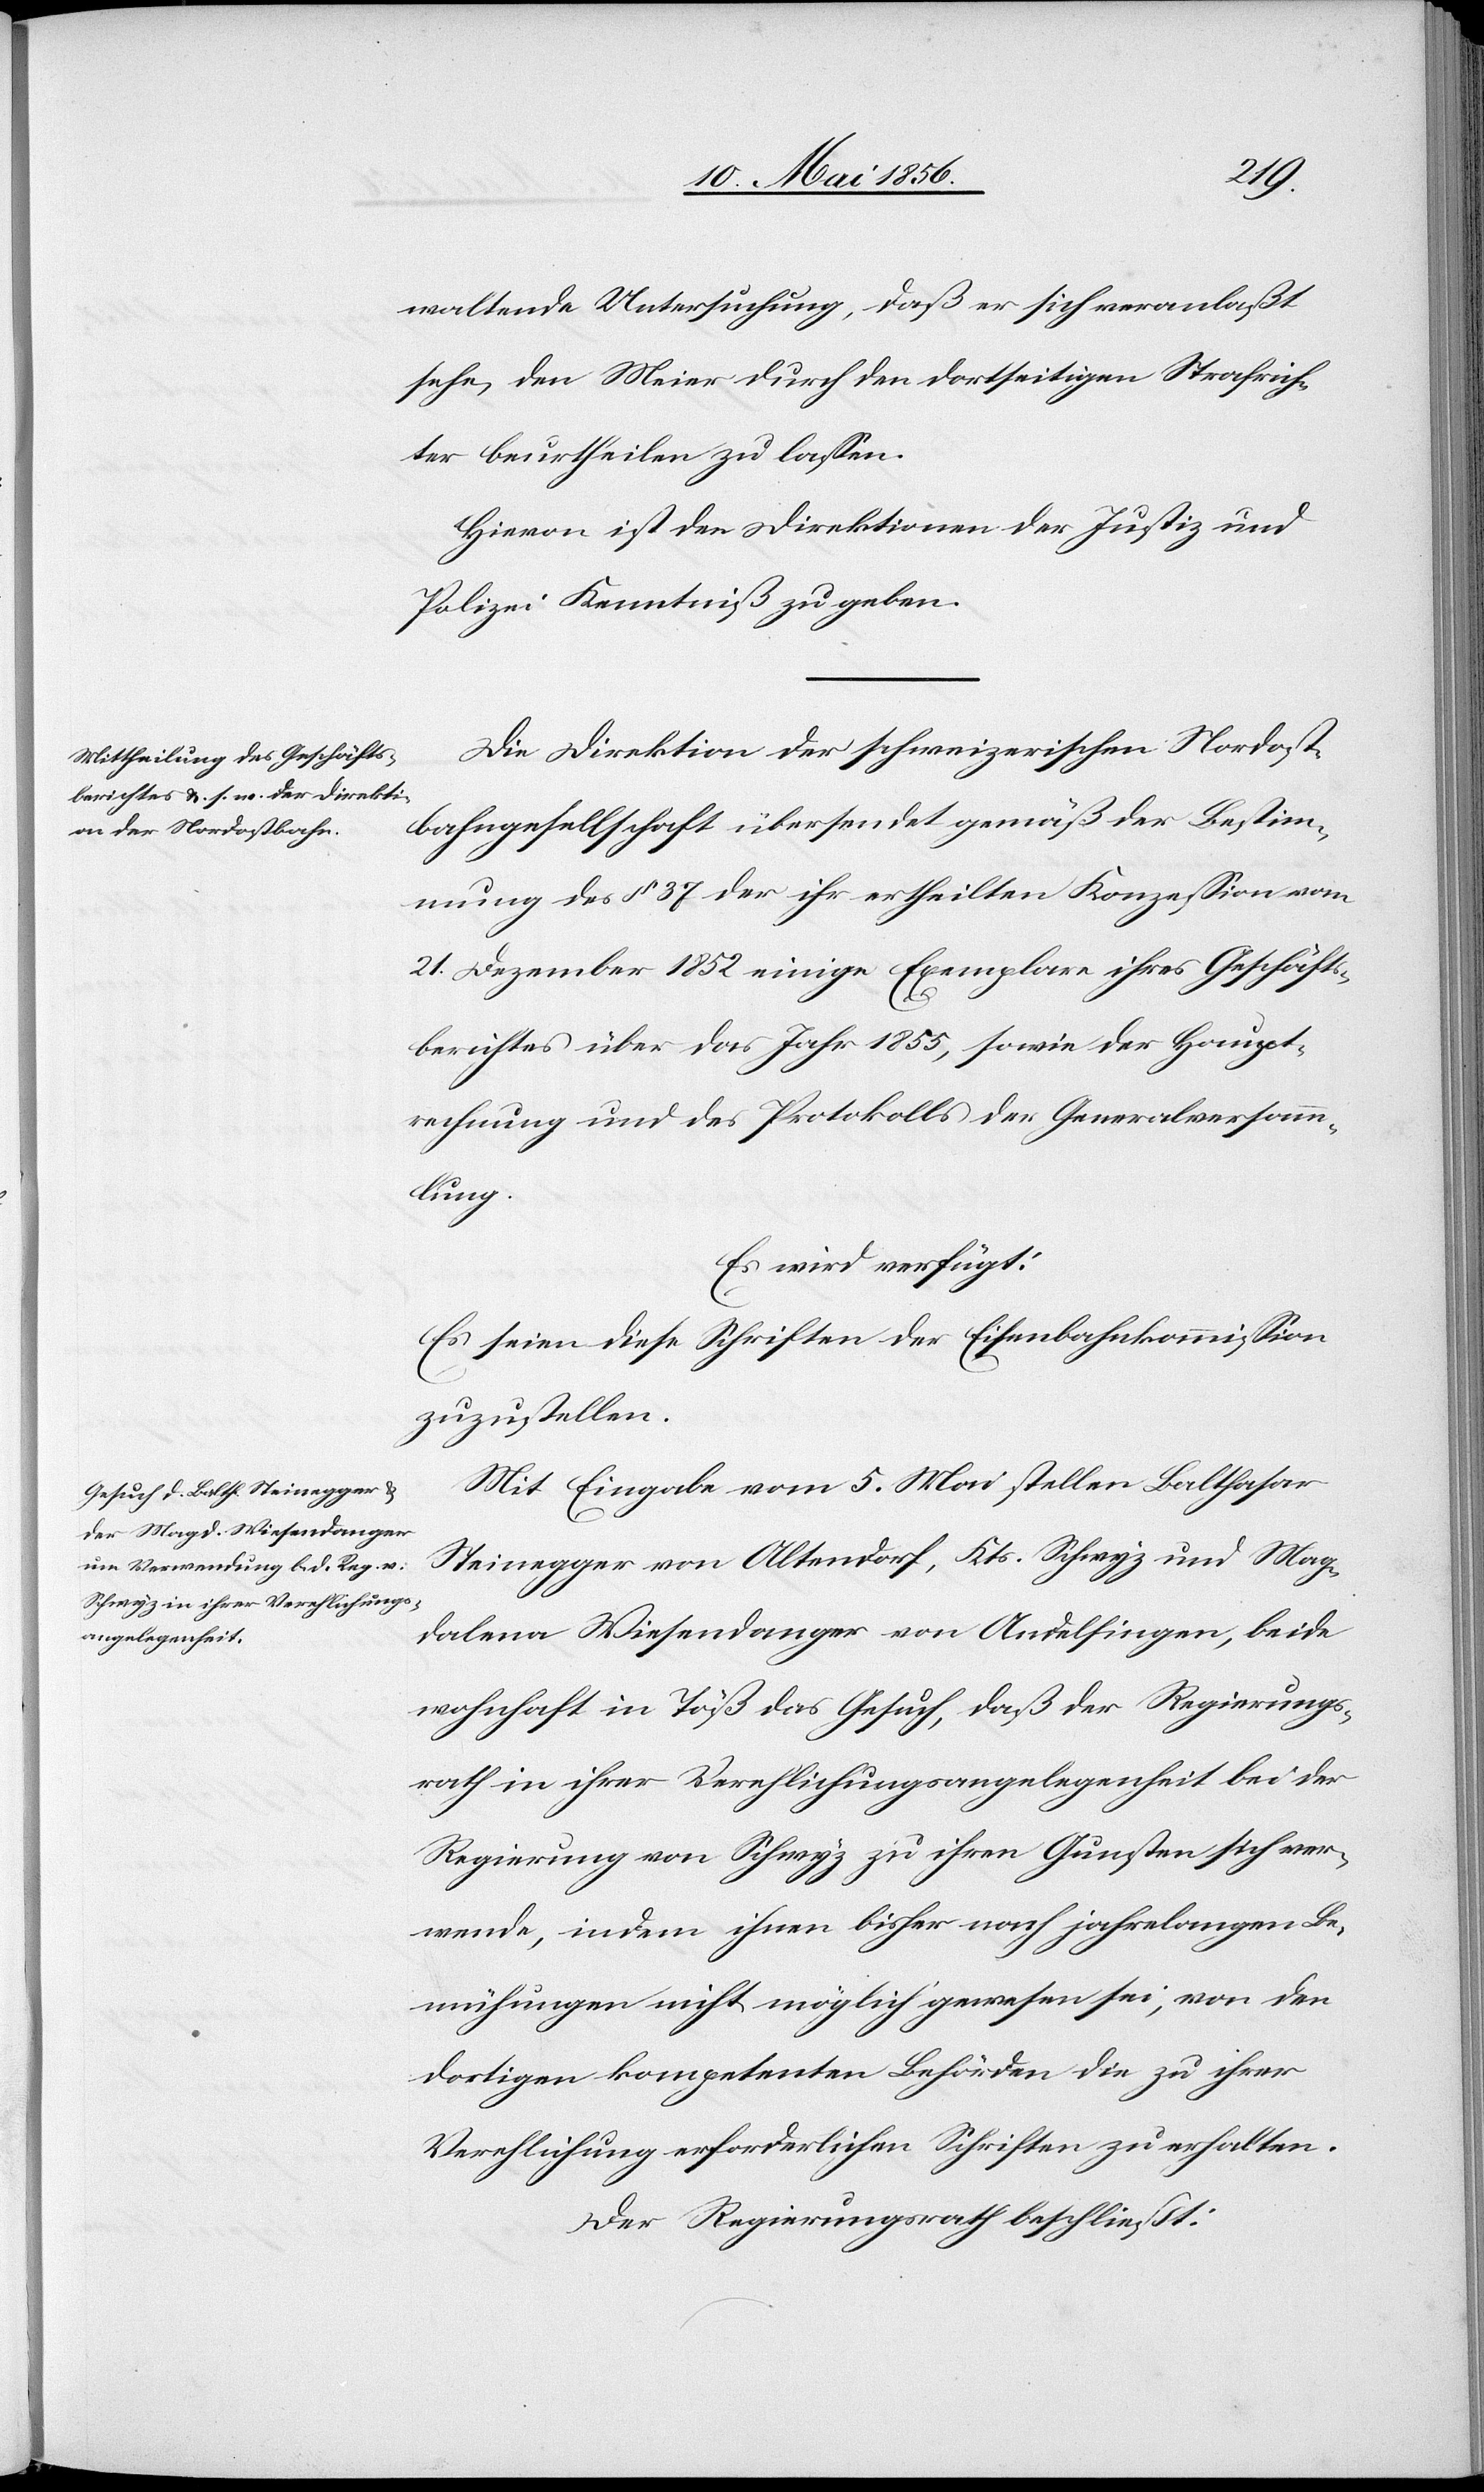
waltende Untersuchung, daß er sich veranlaßt
sehe, den Meier durch den dortseitigen Strafrich¬
ter beurtheilen zu lassen.
Hievon ist den Direktionen der Justiz und
Polizei Kenntniß zu geben.
Die Direktion der schweizerischen Nordost¬
bahngesellschaft übersendet gemäß der Bestim¬
mung des § 37 der ihr ertheilten Konzession vom
21. Dezember 1852 einige Exemplare ihres Geschäfts¬
berichtes über das Jahr 1855, sowie der Haupt¬
rechnung und des Protokolls der Generalversamm¬
lung.
Es wird verfügt:
Es seien diese Schriften der Eisenbahnkommission
zuzustellen.
Mit Eingabe vom 5. Mai stellen Balthasar
Steinegger von Altendorf, Kts. Schwyz und Mag¬
dalena Wiesendanger von Andelfingen, beide
wohnhaft in Töß das Gesuch, daß der Regierungs¬
rath in ihrer Verehlichungsangelegenheit bei der
Regierung von Schwyz zu ihren Gunsten sich ver¬
wende, indem ihnen bisher nach jahrelangen Be¬
mühungen nicht möglich gewesen sei, von den
dortigen kompetenten Behörden die zu ihrer
Verehlichung erforderlichen Schriften zu erhalten.
Der Regierungsrath beschließt: